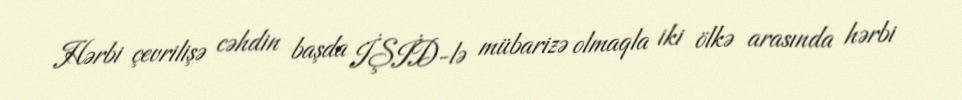
Hərbi çevrilişə cəhdin başda İŞİD-lə mübarizə olmaqla iki ölkə arasında hərbi